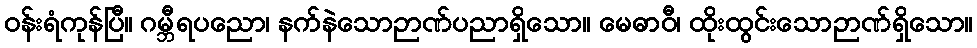
ဝန်းရံကုန်ပြီ။ ဂမ္ဘီရပညော၊ နက်နဲသောဉာဏ်ပညာရှိသော။ မေဓာဝီ၊ ထိုးထွင်းသောဉာဏ်ရှိသော။